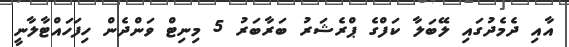
އާއި ދެމެދުގައި ލޭބަލާ ކަފްގެ ޕްރެޝަރު ބަރާބަރު 5 މިނިޓް ވަންދެން ހިފަހައްޓާލާނީ